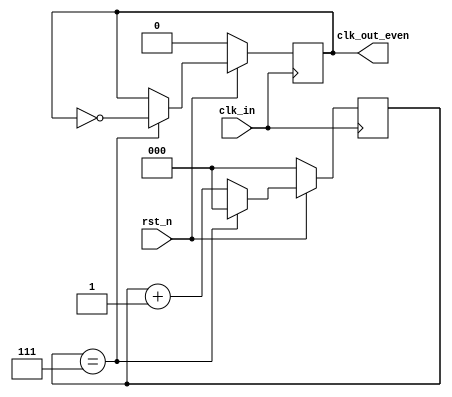
//*********************************************************\
//*******************16**********************
//*********************************************************/
module even_divider(
	clk_in				,
	rst_n				,
	clk_out_even
	);

	input						clk_in;
	input 						rst_n;
	output						clk_out_even;

	localparam  N       =       16;
	localparam  M       =       N / 2 - 1;

	reg			[2:0]			cnt;

/*	always @(posedge clk_in) begin
		if (!rst_n)
			cnt         <=      0;
		else if (cnt==M)
			cnt         <=      0;
		else
			cnt         <=      cnt + 1'b1;
	end
	assign clk_out_even = (cnt==M) ? ~clk_out_even : clk_out_even;
*/
	reg							clk_out_even_nxt;

	always @(posedge clk_in) begin
		if (!rst_n)
			cnt			<=		0;
		else if (cnt==M)
			cnt			<=		0;
		else
			cnt			<=		cnt + 1'b1;
	end
	always @(posedge clk_in) begin
		if (!rst_n)
			clk_out_even_nxt	<=	1'b0;
		else if (cnt==M)
			clk_out_even_nxt 	<=	~clk_out_even;
	end
	assign clk_out_even  		= 	clk_out_even_nxt;
endmodule